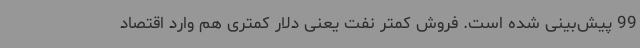
99 پیش‌بینی شده است. فروش کمتر نفت یعنی دلار کمتری هم وارد اقتصاد